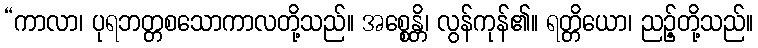
“ကာလာ၊ ပုရဘတ္တစသောကာလတို့သည်။ အစ္စေန္တိ၊ လွန်ကုန်၏။ ရတ္တိယော၊ ညဉ့်တို့သည်။